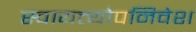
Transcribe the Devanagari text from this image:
स्वायत्त्योपनिवेश